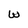
Character: w